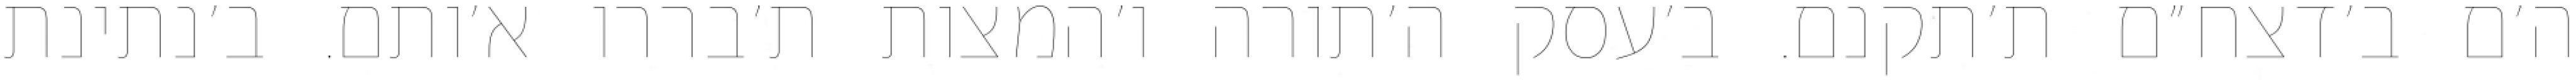
ה׳ם ב׳דצח״ם ת׳תקנם. ב׳עסק ה׳תורה ו׳המצות ת׳בררו א׳ותם. ב׳נתינת